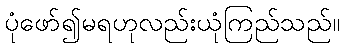
ပုံဖော်၍မရဟုလည်းယုံကြည်သည်။